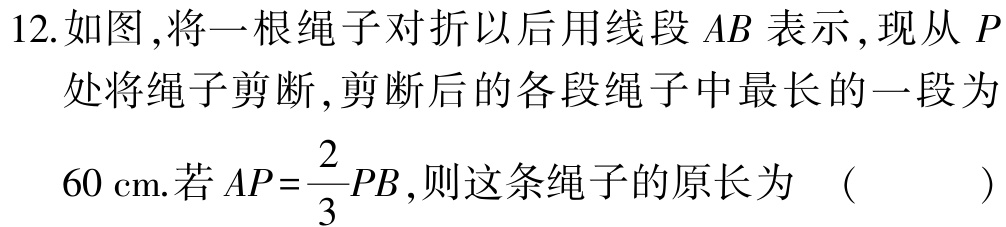
12.如图,将一根绳子对折以后用线段\(AB\)表示,现从\(P\)处将绳子剪断,剪断后的各段绳子中最长的一段为\(60\mathrm{cm}\).若\(AP = \dfrac{2}{3}PB\),则这条绳子的原长为 （  ）